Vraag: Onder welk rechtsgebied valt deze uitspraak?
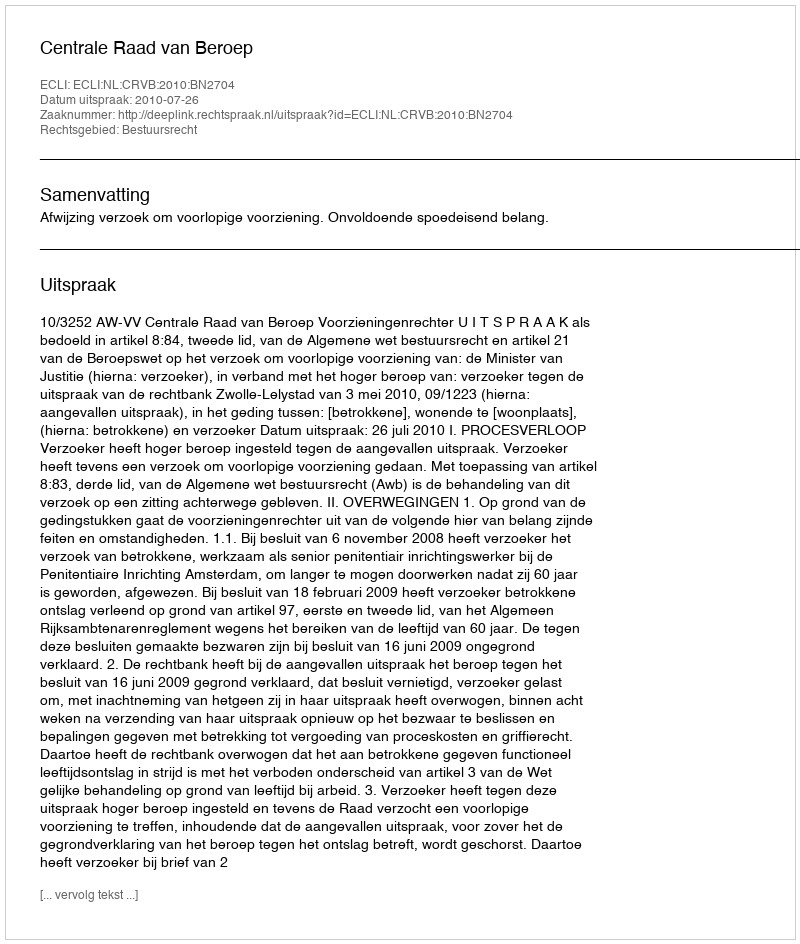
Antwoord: Bestuursrecht